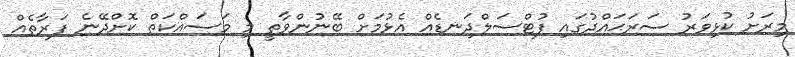
މިރަށު ކުޅިވަރު ސަރަޙައްދުގައި ފުޓްސަލްދަނޑެއް އެޅުމަށް ބޭނުންވާތީ މި މަސައްކަތް ކޮށްދޭނެ ފަރާތެއް